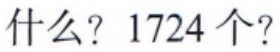
什么？1724 个？